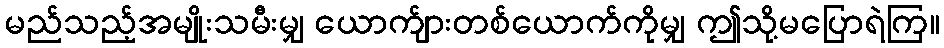
မည်သည့်အမျိုးသမီးမျှ ယောက်ျားတစ်ယောက်ကိုမျှ ဤသို့မပြောရဲကြ။